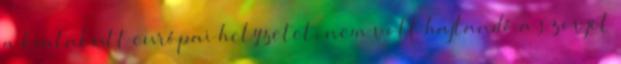
a kialakult európai helyzetet, nem volt hajlandó a szovjet